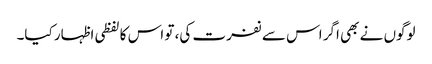
لوگوں نے بھی اگر اس سے نفرت کی، تو اس کا لفظی اظہار کیا۔